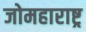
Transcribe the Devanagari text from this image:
जोमहाराष्ट्र